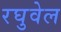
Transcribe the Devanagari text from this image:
रघुवेल